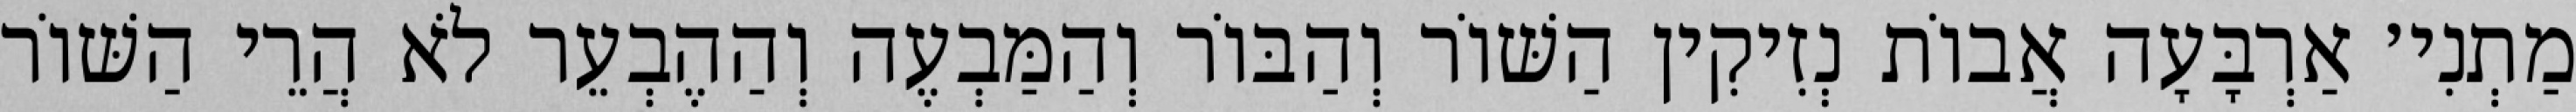
מַתְנִי׳ אַרְבָּעָה אֲבוֹת נְזִיקִין הַשּׁוֹר וְהַבּוֹר וְהַמַּבְעֶה וְהַהֶבְעֵר לֹא הֲרֵי הַשּׁוֹר